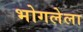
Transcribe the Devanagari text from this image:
भोगलेला